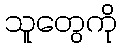
သူတွေကို